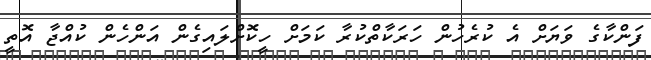
ފަންކާގެ ވަޔަށް އެ ކުރެހުން ހަރަކާތްކުރާ ކަމަށް ހީކޮށްލައިގެން އަންހެން ކުއްޖާ އޮތީ